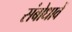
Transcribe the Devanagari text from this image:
संबोधावें